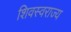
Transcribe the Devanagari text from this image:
शिवस्वराज्य